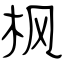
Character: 枫